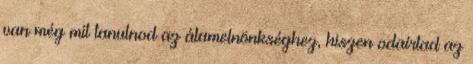
van még mit tanulnod az álamelnönkséghez, hiszen odaírtad az